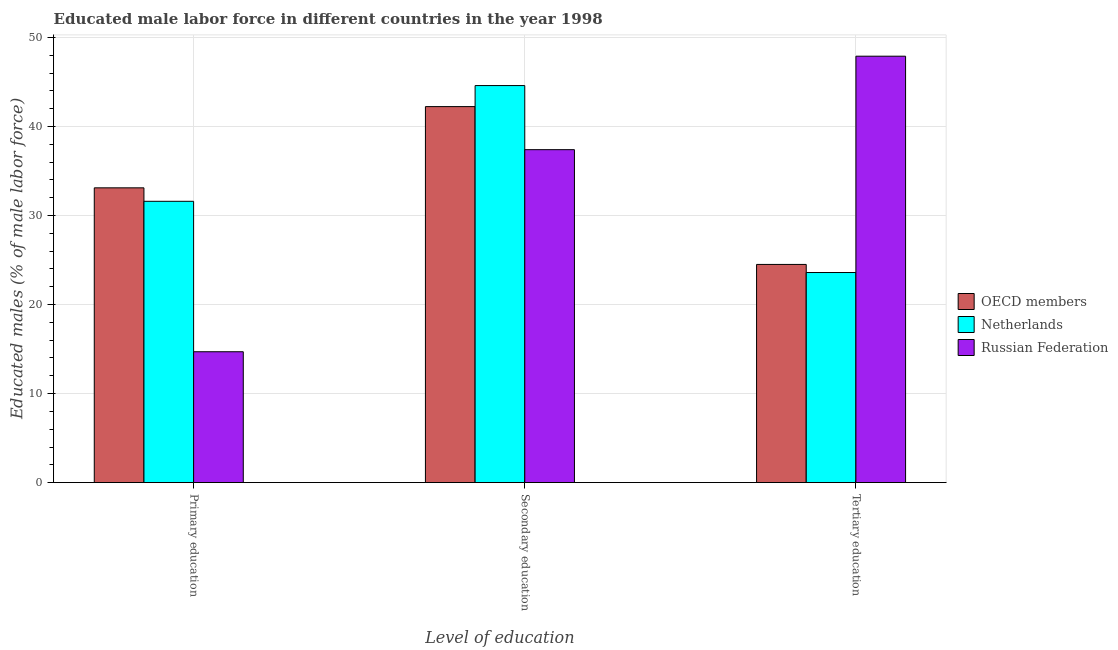
| Level of education | OECD members | Netherlands | Russian Federation |
 | --- | --- | --- | --- |
 | Primary education | 33.1 | 31.6 | 14.7 |
 | Secondary education | 42.2 | 44.6 | 37.4 |
 | Tertiary education | 24.5 | 23.6 | 47.9 |